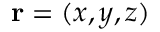
{ \bf r } = ( x , y , z )